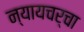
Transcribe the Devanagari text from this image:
न्यायचर्चा